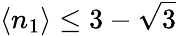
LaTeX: \langle n_{1}\rangle\leq 3-\sqrt{3}